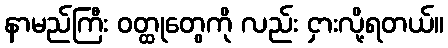
နာမည်ကြီး ဝတ္ထုတွေကို လည်း ငှားလို့ရတယ်။